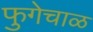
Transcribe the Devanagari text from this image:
फुगेचाळ